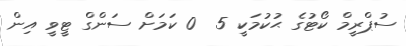
ސުޕްރީމް ކޯޓުގެ ޙުކުމަކީ 5  0 ކަމަށް ސަންގް ޓީވީ އިން